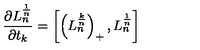
{ \frac { \partial L _ { n } ^ { \frac { 1 } { n } } } { \partial t _ { k } } } = \left[ \left( L _ { n } ^ { \frac { k } { n } } \right) _ { + } , L _ { n } ^ { \frac { 1 } { n } } \right]